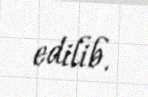
edilib.